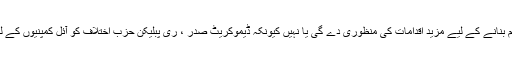
تاہم سوال یہ ہے کہ آیا کانگریس تیل کے کاروبار کو منظم بنانے کے لیے مزید اقدامات کی منظوری دے گی یا نہیں کیونکہ ڈیموکریٹ صدر ، ری پبلیکن حزب اختلاف کو آئل کمپنیوں کے لیے مراعات ختم کرنے پر قائل کرنے میں ناکام رہے ہیں۔